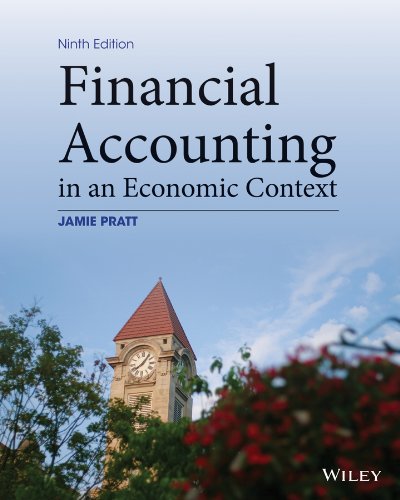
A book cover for Financial Accounting in an Economic Context; Jamie Pratt; Business & Money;